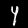
Digit: 4